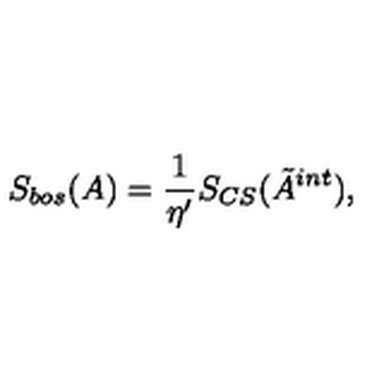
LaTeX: S _ { b o s } ( A ) = \frac 1 { \eta ^ { \prime } } S _ { C S } ( \tilde { A } ^ { i n t } ) ,